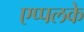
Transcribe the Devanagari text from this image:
एप्पलके